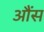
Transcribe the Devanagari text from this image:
आैंस